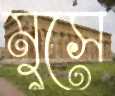
মুসে